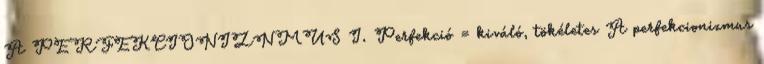
A PERFEKCIONIZNMUS I. Perfekció = kiváló, tökéletes A perfekcionizmus